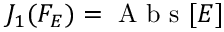
{ { J } _ { 1 } } ( { { F } _ { E } } ) = \mathrm { ~ A ~ b ~ s ~ } [ E ]